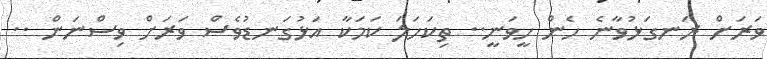
ވަރަށް ރަނގަޅުވާނެ ހެން ހީވަނީ.. ތިކަހަލަ ކަމަކާ އަޅުގަނޑުވެސް ވަރަށް ވިސްނަން ..